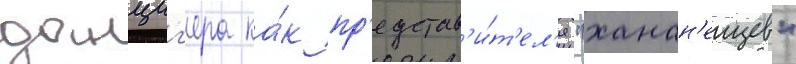
данциг'ера ка́к пр'едстав'и́т'ел'я "ханан'еицев"